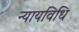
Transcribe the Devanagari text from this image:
न्यायविधि